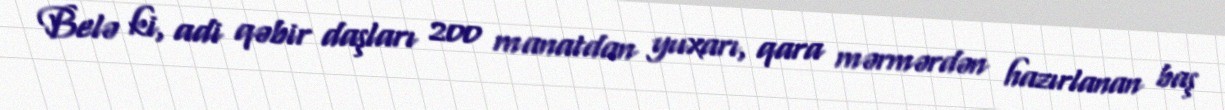
Belə ki, adi qəbir daşları 200 manatdan yuxarı, qara mərmərdən hazırlanan baş